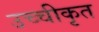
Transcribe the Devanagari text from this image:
उच्‍चीकृत